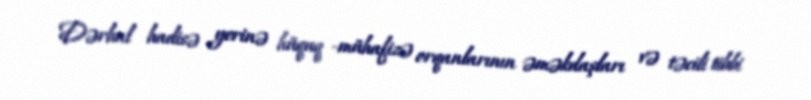
Dərhal hadisə yerinə hüquq -mühafizə orqanlarının əməkdaşları və təcili tibbi